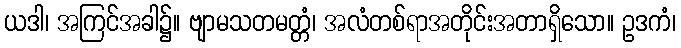
ယဒါ၊ အကြင်အခါ၌။ ဗျာမသတမတ္တံ၊ အလံတစ်ရာအတိုင်းအတာရှိသော။ ဥဒကံ၊